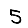
Digit: 5